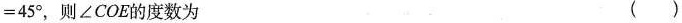
= 4 5 °$$，则∠COE的度数为 ()